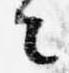
々